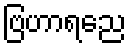
ဗြဟာရညေ